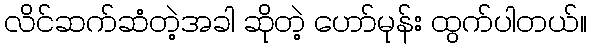
လိင်ဆက်ဆံတဲ့အခါ ဆိုတဲ့ ဟော်မုန်း ထွက်ပါတယ်။